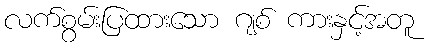
လက်စွမ်းပြထားသော ဂျစ် ကားနှင့်အတူ